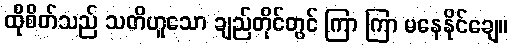
ထိုစိတ်သည် သတိဟူသော ချည်တိုင်တွင် ကြာ ကြာ မနေနိုင်ချေ။